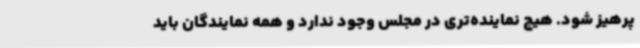
پرهیز شود. هیچ نماینده‌تری در مجلس وجود ندارد و همه نمایندگان باید